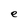
Character: e